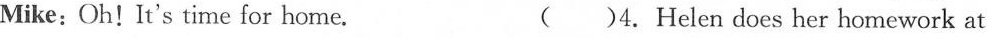
Mike: Oh! It's time for home. ( )4. Helen does her homework at